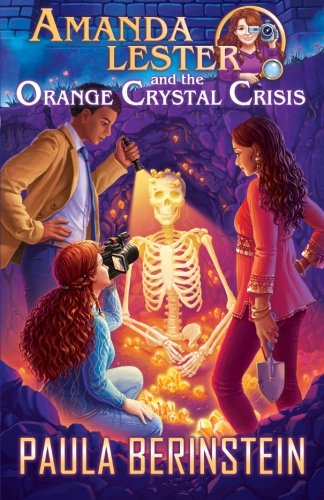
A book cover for Amanda Lester and the Orange Crystal Crisis (Amanda Lester, Detective) (Volume 2); Paula Berinstein; Teen & Young Adult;